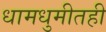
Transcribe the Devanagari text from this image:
धामधुमीतही